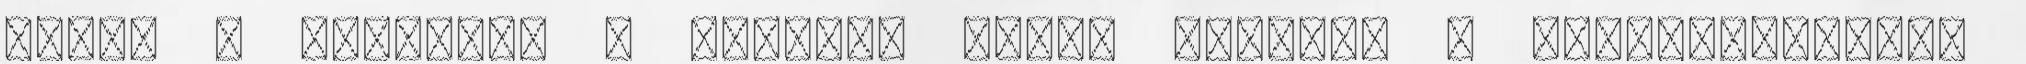
tette a nemzetet A francia sajtó köszöni a válogatottnak,